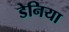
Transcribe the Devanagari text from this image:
डेनिया